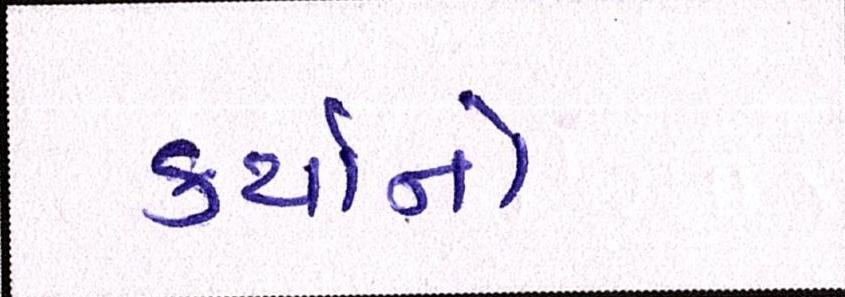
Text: કર્યાનો